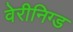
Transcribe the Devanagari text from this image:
वेरीनिग्ड